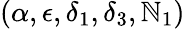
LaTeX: (\alpha,\epsilon,\delta_{1},\delta_{3},\mathbb{N}_{1})